Development of the parasite of Indian kala azar - Number 53
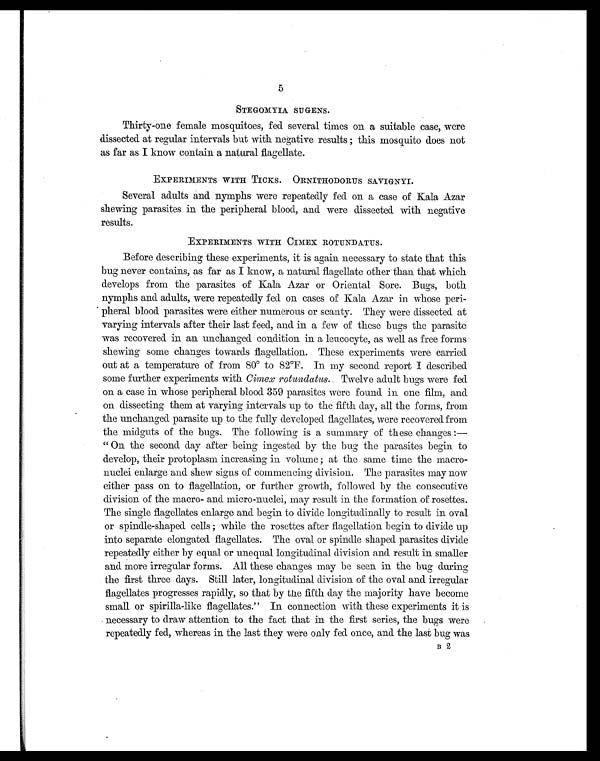
5
STEGOMYIA SUGENS.
Thirty-one female mosquitoes, fed several times on a suitable case, were
dissected at regular intervals but with negative results ; this mosquito does not
as far as I know contain a natural flagellate.
EXPERIMENTS WITH TICKS. ORNITHODORUS SAVIGNYI.
Several adults and nymphs were repeatedly fed on a case of Kala Azar
shewing parasites in the peripheral blood, and were dissected with negative
results.
EXPERIMENTS WITH CIMEX ROTUNDATUS.
Before describing these experiments, it is again necessary to state that this
bug never contains, as far as I know, a natural flagellate other than that which
develops from the parasites of Kala Azar or Oriental Sore. Bugs, both
nymphs and adults, were repeatedly fed on cases of Kala Azar in whose peri-
pheral blood parasites were either numerous or scanty. They were dissected at
varying intervals after their last feed, and in a few of these bugs the parasite
was recovered in an unchanged condition in a leucocyte, as well as free forms
shewing some changes towards flagellation. These experiments were carried
out at a temperature of from 80° to 82°F. In my second report I described
some further experiments with Cimex rotundatus . Twelve adult bugs were fed
on a case in whose peripheral blood 359 parasites were found in one film, and
on dissecting them at varying intervals up to the firth day, all the forms, from
the unchanged parasite up to the fully developed flagellates, were recovered from
the midguts of the bugs. The following is a summary of these changes :
—" On the second day after being ingested by the bug the parasites begin to
develop, their protoplasm increasing in volume ; at the same time the macro-
nuclei enlarge and shew signs of commencing division. The parasites may now
either pass on to flagellation, or further growth, followed by the consecutive
division of the macro- and micro-nuclei, may result in the formation of rosettes.
The single flagellates enlarge and begin to divide longitudinally to result in oval
or spindle-shaped cells ; while the rosettes after flagellation begin to divide up
into separate elongated flagellates. The oval or spindle shaped parasites divide
repeatedly either by equal or unequal longitudinal division and. result in smaller
and more irregular forms. All these changes may be seen in the bug during
the first three days. Still later, longitudinal division of the oval and irregular
flagellates progresses rapidly, so that by the fifth day the majority have become
small or spirilla-like flagellates." In connection with these experiments it is
necessary to draw attention to the fact that in the first series, the bugs were
repeatedly fed, whereas in the last they were only fed once, and the last bug was
B 2